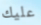
عليك